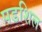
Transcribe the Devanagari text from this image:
पडशिल